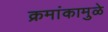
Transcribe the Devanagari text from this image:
क्रमांकामुळे